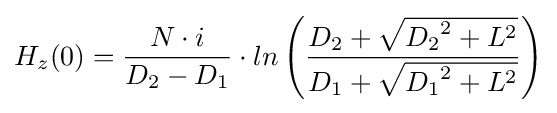
H_{z}(0)={\frac {N\cdot i}{D_{2}-D_{1}}}\cdot ln\left({\frac {D_{2}+{\sqrt {{D_{2}}^{2}+L^{2}}}}{D_{1}+{\sqrt {{D_{1}}^{2}+L^{2}}}}}\right)